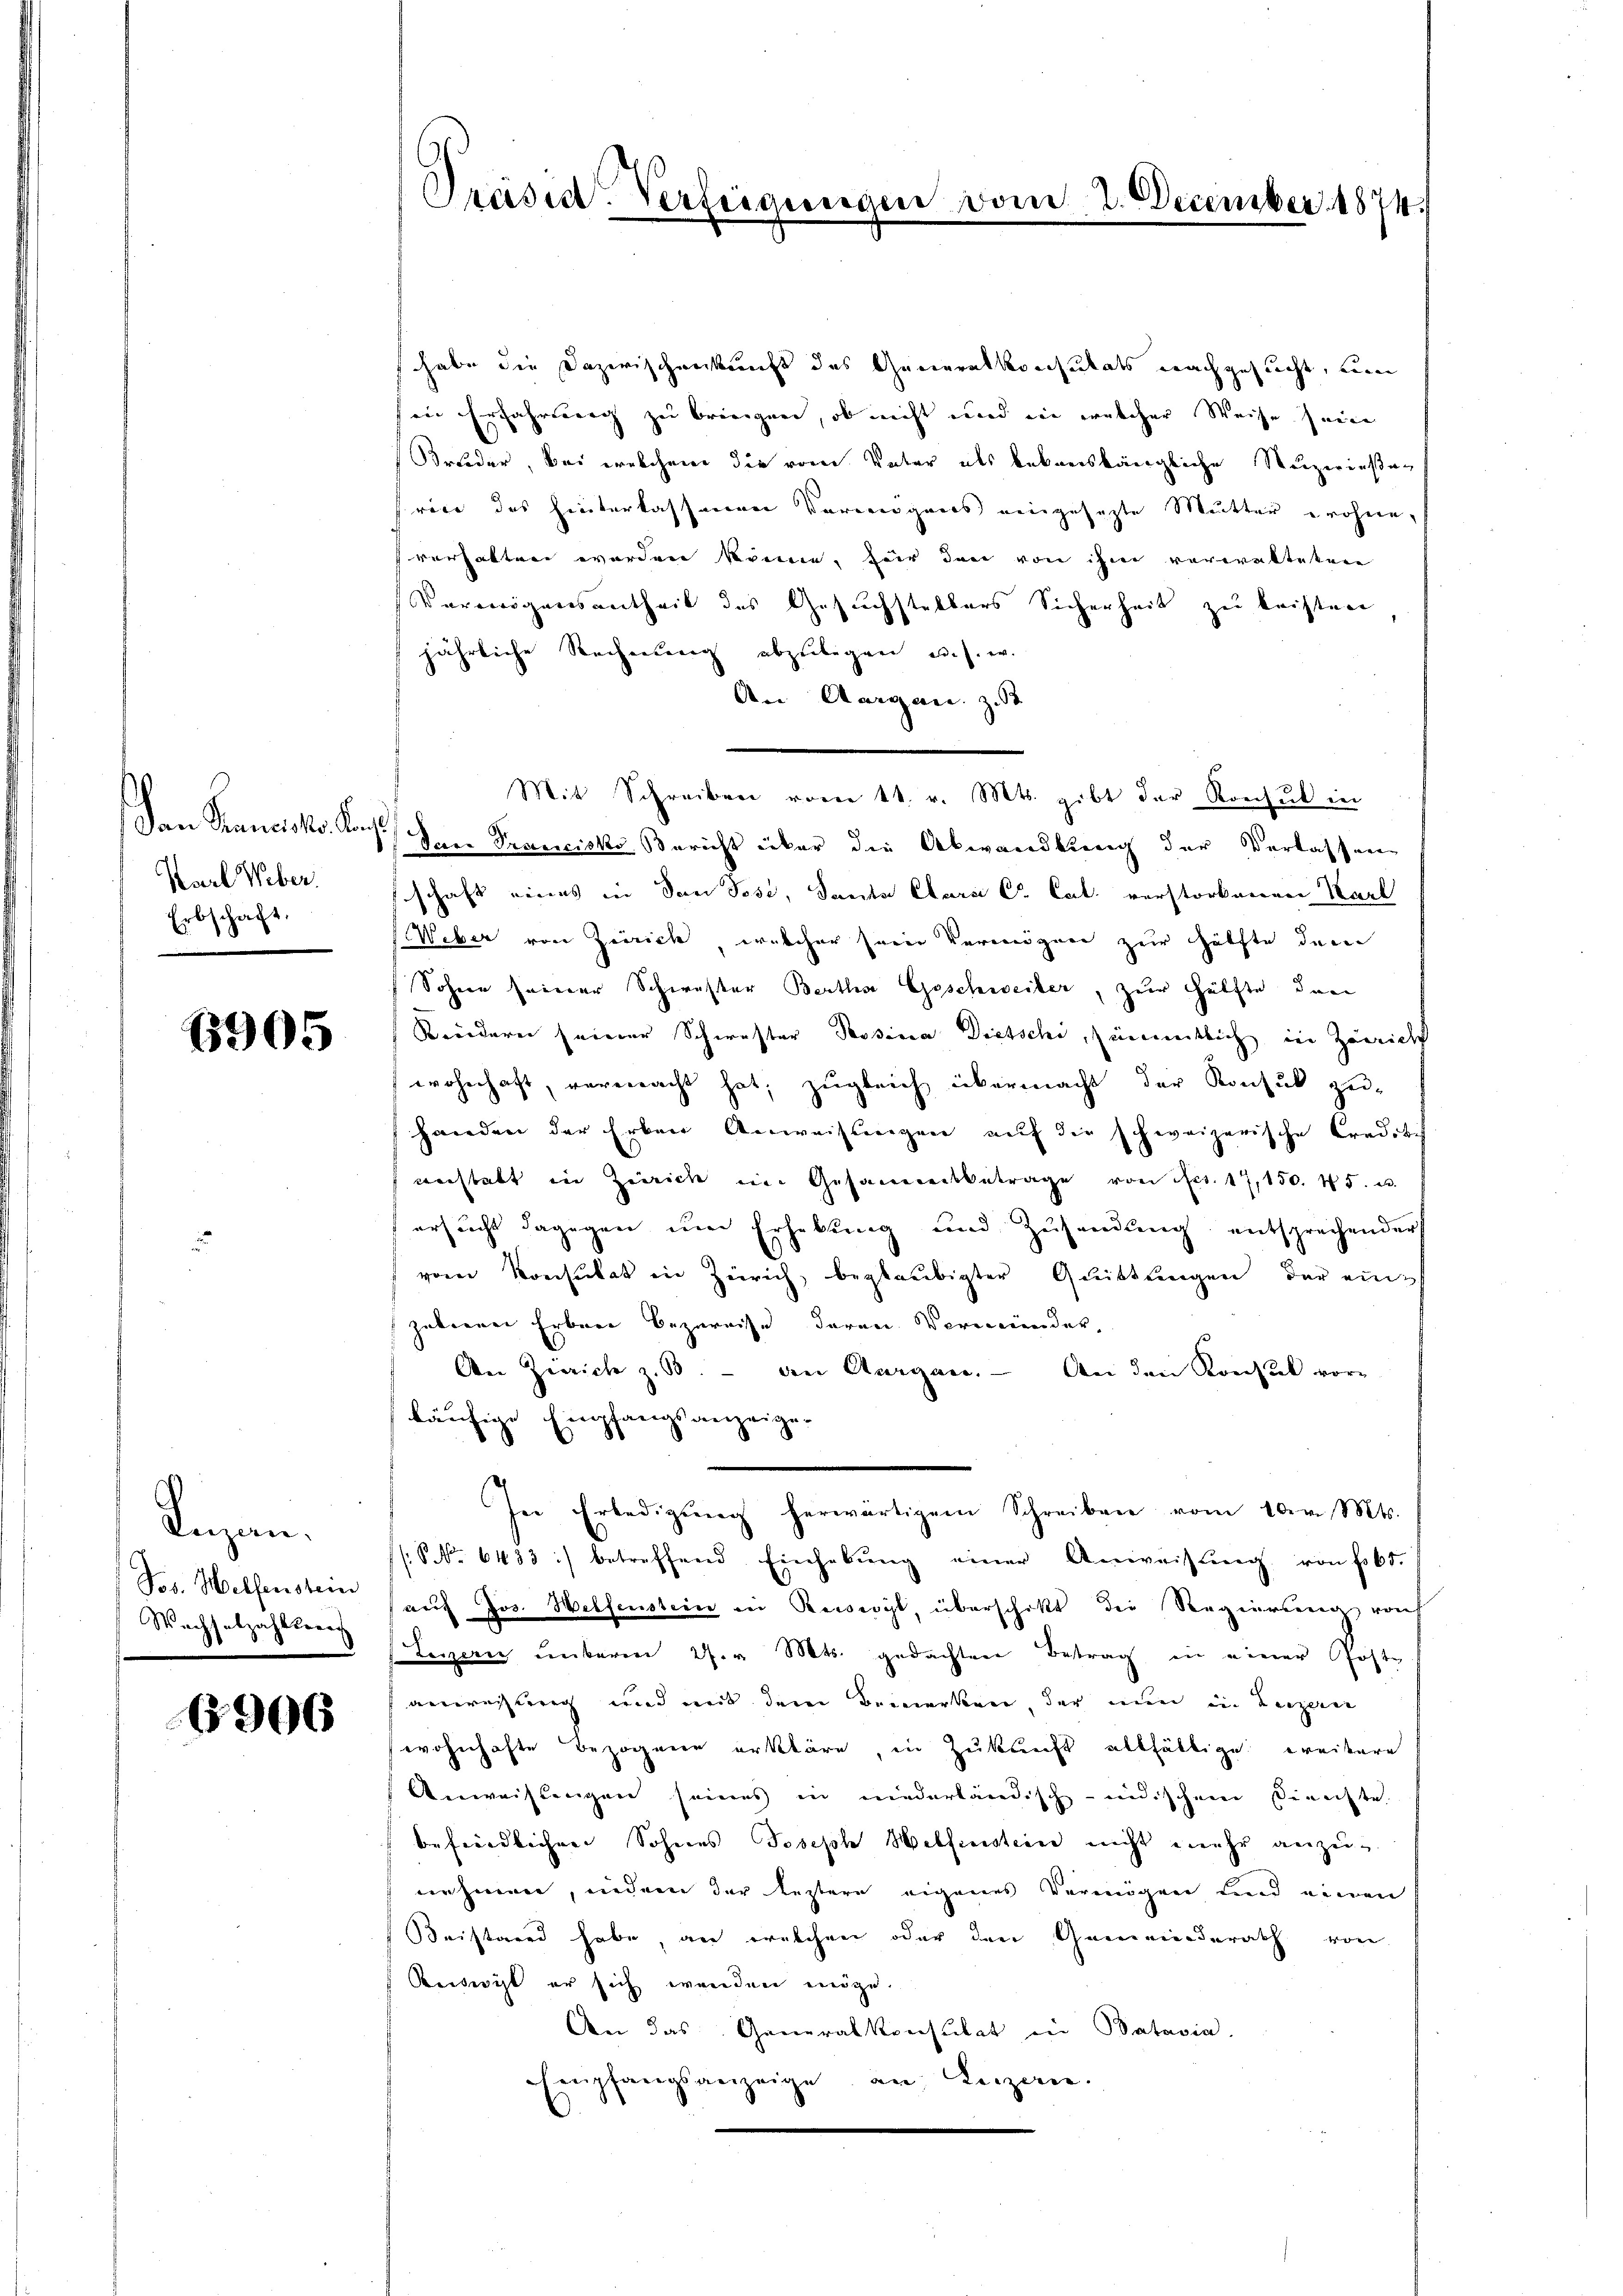
Dan Prantister an
Karl Weber.
Erbschaft.

6905

Kuzen.
Jos. Helfenstein
Wachselzahlreich

6906

Präsid. Verfügungen vom 2. December 1874

habe die Dazwischenkunft des Generalkonsulats nachgesucht, um
in Erfahrung zu bringen, ob nicht und in welcher Weise sein
Bruder, bei welchem die vom Vater als bekanslängliche Superiesen
rice des hinterlassenen Vermögens eingesetzte Mutter eröhne,
verhalten werden könne, für den von ihm verwalteten
Vermögensantheil des Gesuchstellers Sicherheit zu leisten
jährliche Rechnung abzulegen u. s. w.
An Aargau, z.
Mit Schreiben vom 11. v. Mts. gibt der Konsul in
s
Pare Trancisko Bericht über die Abwandlung der Verlassen
schaft eines in den Pose, Santa Clarii C. Cat. verstorbeeren Karl
Weber von Zürich welcher sein Vermögen zur Hälfte dem
Sohne seiner Schwester Bertha Geschweiber, zur Hälfte den
Kreidern seiner Schwester Tessina Dietsche, sämmtlich in Zürich
wohnhaft, vermacht hat; zugleich übermacht der Konsul zu-
handen der Erben Anweislingen auf die schweizerische Credibi
verstatt in Zürich im Gesammtbetrage von Fr. 17,150. 45.
ersucht dagegen um Erhebung und Zŭsendung, entsprechender
vom Konsulat in Zürich, beglaubigter Quittungen der ein
zuberner Erbrei bezweise daran Vermeinder,
An Zürich z. B. - den Aargau. An den Konsul vor-
läufige Empfangsanzeige-
In Erledigŭng herwärtigem Schreiben vom 10 v. Mts.
(No 6433 :/ betreffend Einhebŭng einer Anweisŭng von fr 65.
auf Jos. Welfenstein ein Reiserit, überschikt die Regierung von
Lezzern unteren 27. v. Mts. gedachten Betrag in einer Poste
anweisung und mit dem Bemerken, der nun in Luzern
wohnhafte Bezogene erkläre, in Zukunft allfältige weitere
Anweistungen seines in niederländisch-indischen Dienste.
befriedlichen Sohnes Joseph Welfinstien nicht mehr anzunehmen, indem der leztere eigenes Vermögen und einen
Beistarre habe, an welchen oder den Gemeinderath von
Reiserit er sich wenden möge.
An das Generalkonsulat in Batavia
Empfangsanzeige an Luzan.